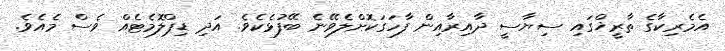
އެމެރިކާގެ ތާރީޚްގައި ސިޔާސީ ދާއިރާއިން ފާހަގަކޮށްލެވޭނެ ބޭފުޅެކެވެ. އަދި ޑިޕްލޮމެޓެއް ވެސް މެއެވެ.